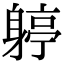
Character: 𨉬